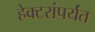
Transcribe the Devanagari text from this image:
हेक्टरांपर्यंत